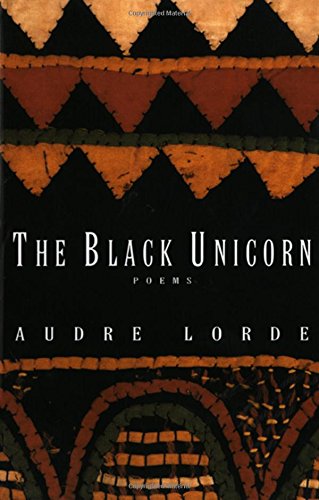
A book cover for The Black Unicorn: Poems (Norton Paperback); Audre Lorde; Literature & Fiction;